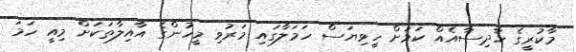
މާކުރީގެ ހާދިސާއެއް ކަމަށް ހީވިޔަސް ހަމަލާގައި މަރުވި މީހުންގެ އާއިލާތަކަށް މިއީ ހަމަ